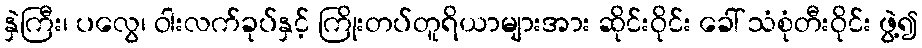
နှဲကြီး၊ ပလွေ၊ ဝါးလက်ခုပ်နှင့် ကြိုးတပ်တူရိယာများအား ဆိုင်းဝိုင်း ခေါ် သံစုံတီးဝိုင်း ဖွဲ့၍